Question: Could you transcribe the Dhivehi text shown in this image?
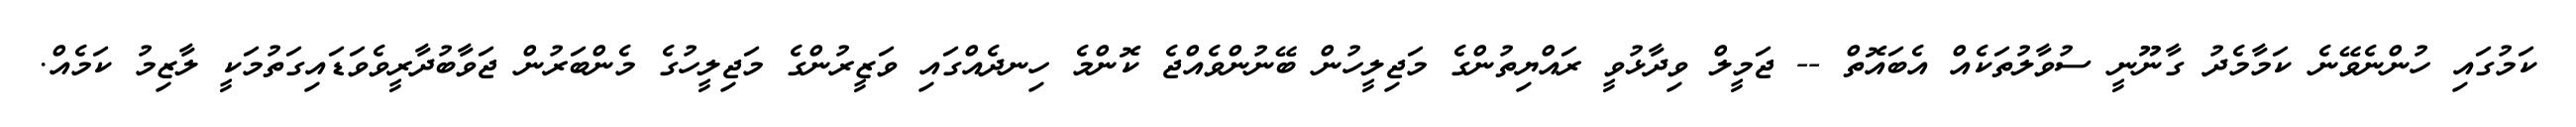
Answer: ކަމުގައި ހުންނެވޭނެ ކަމާމެދު ގާނޫނީ ސުވާލުތަކެއް އެބައޮތް -- ޖަމީލް ވިދާޅުވީ ރައްޔިތުންގެ މަޖިލީހުން ބޭނުންވެއްޖެ ކޮންމެ ހިނދެއްގައި ވަޒީރުންގެ މަޖިލީހުގެ މެންބަރުން ޖަވާބުދާރީވެވަޑައިގަތުމަކީ ލާޒިމު ކަމެއް.